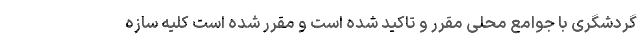
گردشگری با جوامع محلی مقرر و تاکید شده است و مقرر شده است کلیه سازه